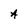
Character: A